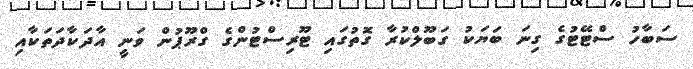
ސަބާހު ސްޓޭޓުގެ ގިނަ ބަޔަކު ގަބޫލްކުރާ ގޮތުގައި ޓޫރިސްޓުންގެ ގްރޫޕުން ވަނީ އާދަކާދަތަކާއި